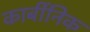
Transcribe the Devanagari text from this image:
कार्बीनिक